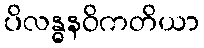
ပိလန္ဓနဝိကတိယာ